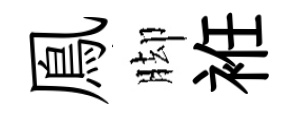
鳯脚袵